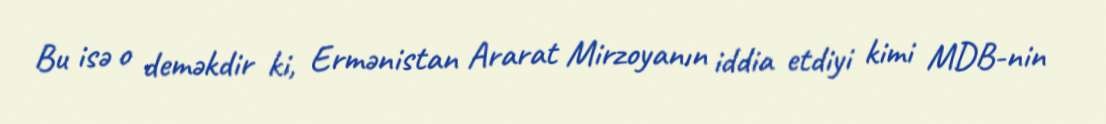
Bu isə o deməkdir ki, Ermənistan Ararat Mirzoyanın iddia etdiyi kimi MDB-nin